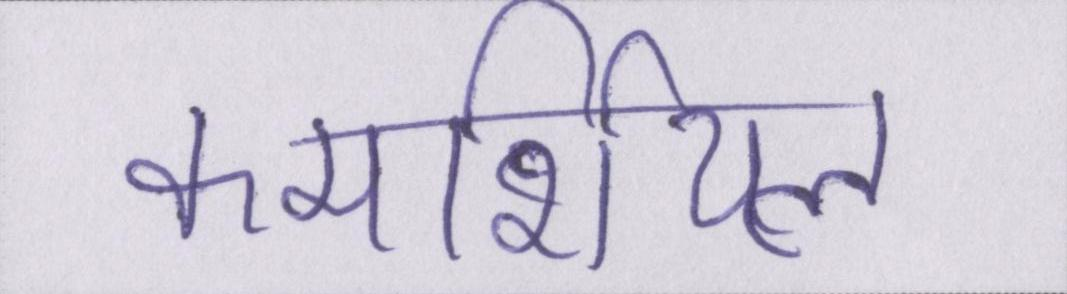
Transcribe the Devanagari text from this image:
कमर्शियल